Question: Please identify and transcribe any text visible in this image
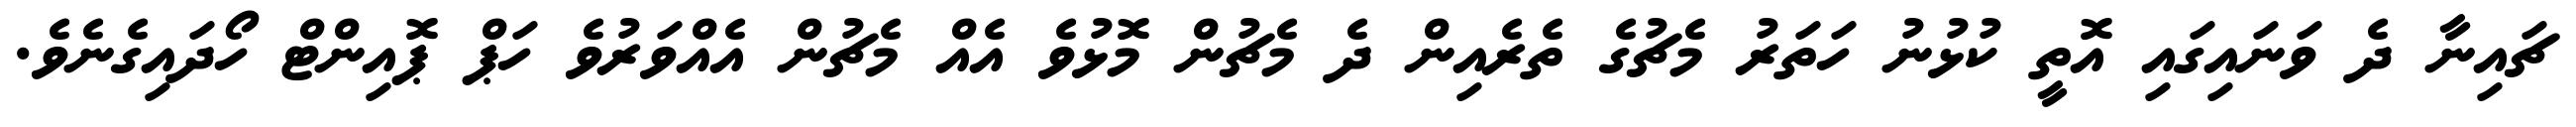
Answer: ޗައިނާ ދެ ވަނައިގައި އޮތީ ކުޅުނު ހަތަރު މެޗުގެ ތެރެއިން ދެ މެޗުން މޮޅުވެ އެއް މެޗުން އެއްވަރުވެ ހަޕް ޕޮއިންޓް ހޯދައިގެނެވެ.